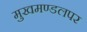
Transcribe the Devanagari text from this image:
मुखमण्डलपर